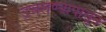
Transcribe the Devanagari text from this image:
उचलण्यापासून